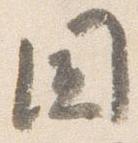
国